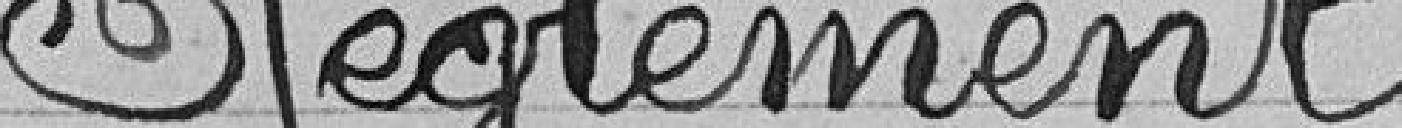
Règlement